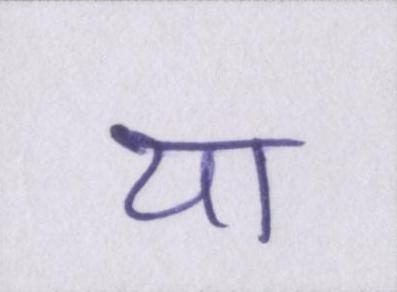
या